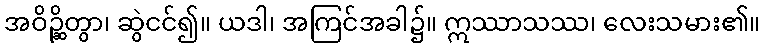
အဝိဉ္ဆိတွာ၊ ဆွဲငင်၍။ ယဒါ၊ အကြင်အခါ၌။ ဣဿာသဿ၊ လေးသမား၏။